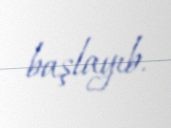
başlayıb.